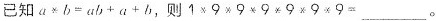
已知$$a*b=ab+a+b$$，则$$1×9α9×9×9×9α9=___$$。